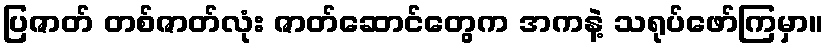
ပြဇာတ် တစ်ဇာတ်လုံး ဇာတ်ဆောင်တွေက အကနဲ့ သရုပ်ဖော်ကြမှာ။